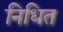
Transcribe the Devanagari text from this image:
निधित